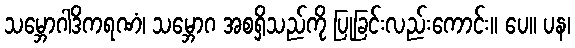
သမ္ဘောဂါဒိကရဏံ၊ သမ္ဘောဂ အစရှိသည်ကို ပြုခြင်းလည်းကောင်း။ ပေ။ ပန၊